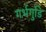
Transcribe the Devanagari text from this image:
गर्भगुडि